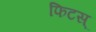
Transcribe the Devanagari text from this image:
फिटस्‌